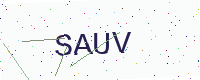
Text: SAUV